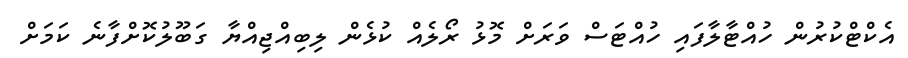
އެކްޓްކުރުން ހުއްޓާލާފައި ހުއްޓަސް ވަރަށް މޮޅު ރޯލެއް ކުޅެން ލިބިއްޖިއްޔާ ގަބޫލުކޮށްފާނެ ކަމަށް